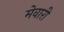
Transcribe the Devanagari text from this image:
मेवारी